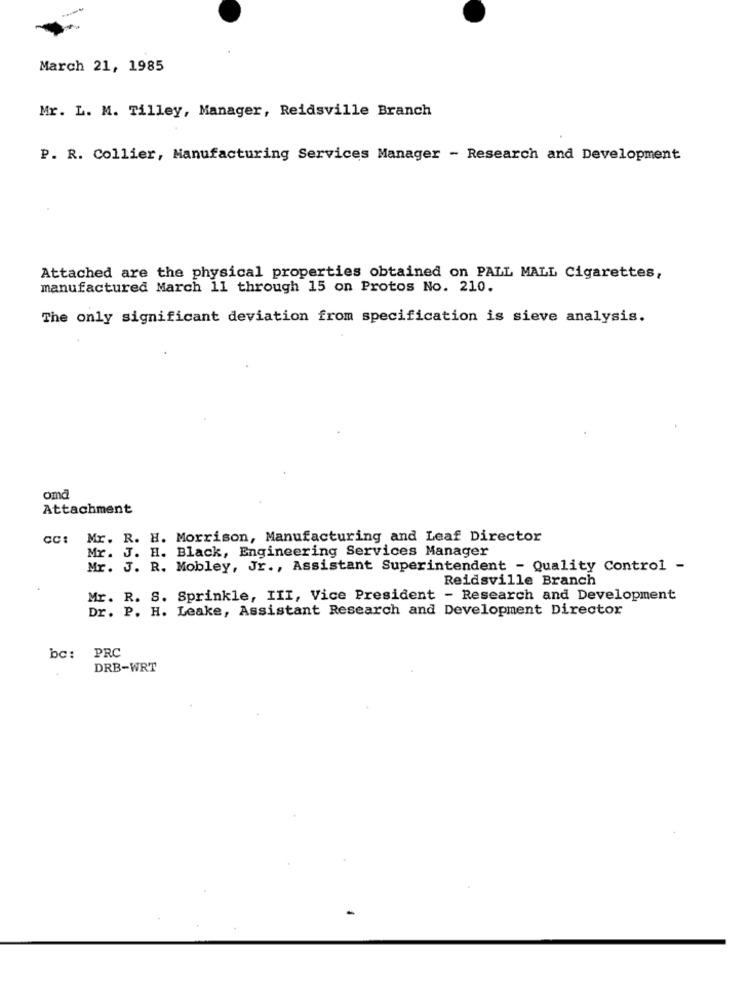
March 21, 1985
Mr. L. M. Tilley, Manager, Reidsville Branch
P. R. Collier, Manufacturing Services Manager - Research and Development
Attached are the physical properties obtained on PALL MALL Cigarettes,
manufactured March 11 through 15 on Protos No. 210.
The only significant deviation from specification is sieve analysis.
omd
Attachment
cc: Mr. R. H. Morrison, Manufacturing and Leaf Director
Mr. J. H. Black, Engineering Services Manager
Mr. J. R. Mobley, Jr ., Assistant Superintendent - Quality Control -
Reidsville Branch
Mr. R. S. Sprinkle, III, Vice President - Research and Development
Dr. P. H. Leake, Assistant Research and Development Director
PRC
bc :
DRB-WRT